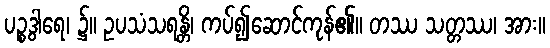
ပဉ္စဒွါရေ၊ ၌။ ဥပသံသရန္တိ၊ ကပ်၍ဆောင်ကုန်၏။ တဿ သတ္တဿ၊ အား။